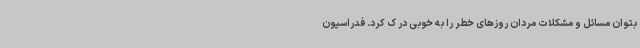
بتوان مسائل و مشکلات مردان روزهای خطر را به خوبی در ک کرد. فدراسیون